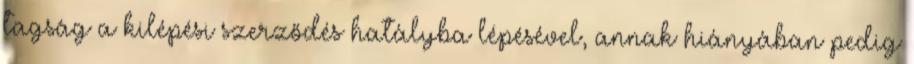
tagság a kilépési szerződés hatályba lépésével, annak hiányában pedig